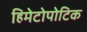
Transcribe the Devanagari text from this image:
हिमेटोपोटिक